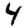
Digit: 4